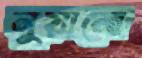
নুয়ানো